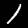
Digit: 1